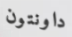
داونتون